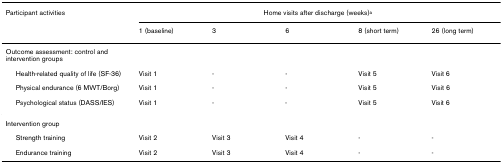
<table><thead><tr><td><b>Participant activities</b></td><td colspan="5"><b>Home visits after discharge (weeks)<sup>a</sup></b></td></tr><tr><td></td><td><b>1 (baseline)</b></td><td><b>3</b></td><td><b>6</b></td><td><b>8 (short term)</b></td><td><b>26 (long term)</b></td></tr></thead><tbody><tr><td>Outcome assessment: control and intervention groups</td><td></td><td></td><td></td><td></td><td></td></tr><tr><td> Health-related quality of life (SF-36)</td><td>Visit 1</td><td>-</td><td>-</td><td>Visit 5</td><td>Visit 6</td></tr><tr><td> Physical endurance (6 MWT/Borg)</td><td>Visit 1</td><td>-</td><td>-</td><td>Visit 5</td><td>Visit 6</td></tr><tr><td> Psychological status (DASS/IES)</td><td>Visit 1</td><td>-</td><td>-</td><td>Visit 5</td><td>Visit 6</td></tr><tr><td>Intervention group</td><td></td><td></td><td></td><td></td><td></td></tr><tr><td> Strength training</td><td>Visit 2</td><td>Visit 3</td><td>Visit 4</td><td>-</td><td>-</td></tr><tr><td> Endurance training</td><td>Visit 2</td><td>Visit 3</td><td>Visit 4</td><td>-</td><td>-</td></tr></tbody></table>